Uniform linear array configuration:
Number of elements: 16
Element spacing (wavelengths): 1
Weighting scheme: hamming
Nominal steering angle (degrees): -60
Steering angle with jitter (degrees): -58.741
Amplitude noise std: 0.05
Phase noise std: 0.05

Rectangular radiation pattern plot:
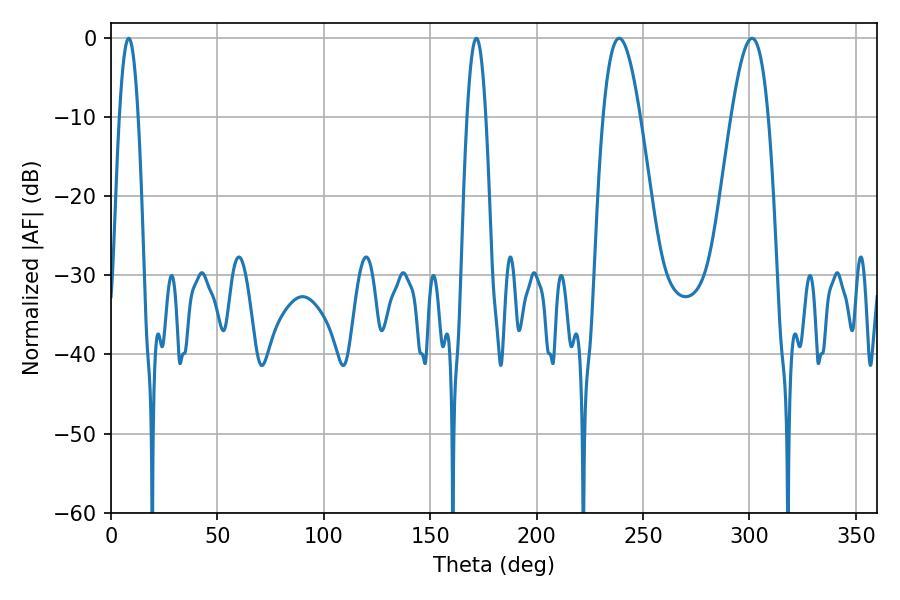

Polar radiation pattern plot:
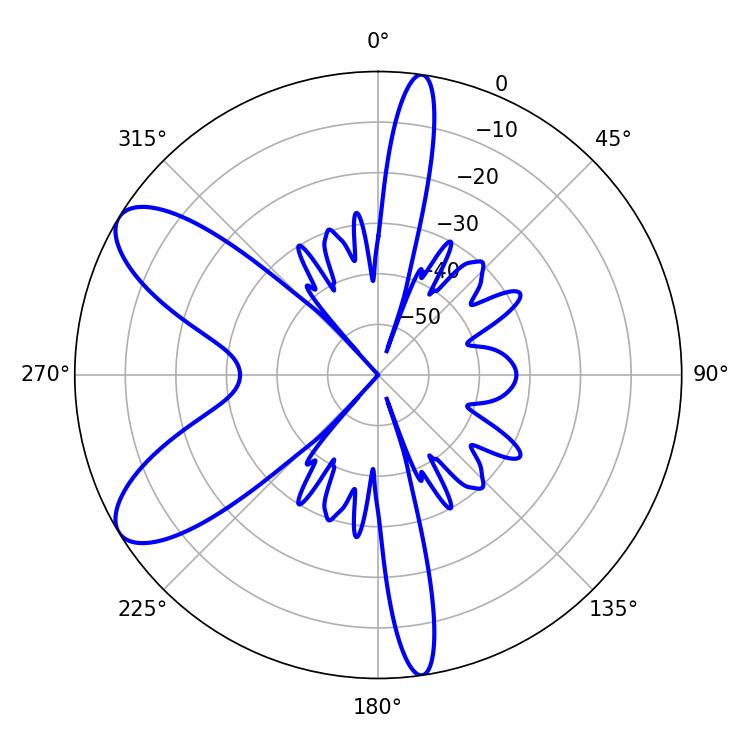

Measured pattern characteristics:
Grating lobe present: TRUE
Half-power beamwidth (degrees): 9.54
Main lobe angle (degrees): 238.86